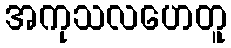
အကုသလဟေတူ